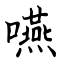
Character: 嚥